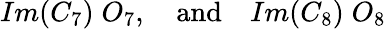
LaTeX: Im(C_{7})\; O_{7},\quad\mathrm{and}\quad Im(C_{8})\; O_{8}